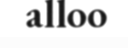
alloo